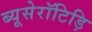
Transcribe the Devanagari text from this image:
ब्यूसेरॉटिड़ि